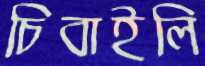
চিবাইলি